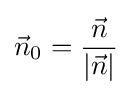
{\vec {n}}_{0}={{\vec {n}} \over {|{\vec {n}}|}}